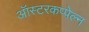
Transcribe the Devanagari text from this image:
ऑस्टरकप्पेल्न